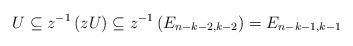
LaTeX: \begin{align*} U \subseteq z^{-1}\left(zU\right) \subseteq z^{-1}\left(E_{n-k-2,k-2}\right)=E_{n-k-1,k-1} \end{align*}